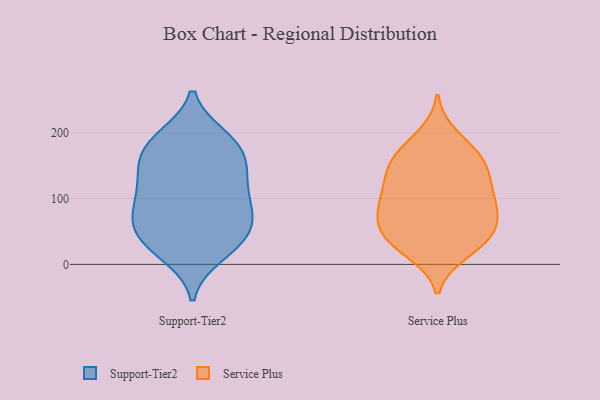
{"axis": {"x": "Headcount", "y": "Value"}, "legend": ["Service Plus", "Support-Tier2"], "data": [{"x": "", "y": 57, "type": "Support-Tier2"}, {"x": "", "y": 157, "type": "Support-Tier2"}, {"x": "", "y": 58, "type": "Support-Tier2"}, {"x": "", "y": 108, "type": "Support-Tier2"}, {"x": "", "y": 151, "type": "Support-Tier2"}, {"x": "", "y": 85, "type": "Support-Tier2"}, {"x": "", "y": 193, "type": "Support-Tier2"}, {"x": "", "y": 74, "type": "Support-Tier2"}, {"x": "", "y": 188, "type": "Support-Tier2"}, {"x": "", "y": 26, "type": "Support-Tier2"}, {"x": "", "y": 117, "type": "Support-Tier2"}, {"x": "", "y": 145, "type": "Support-Tier2"}, {"x": "", "y": 31, "type": "Support-Tier2"}, {"x": "", "y": 77, "type": "Support-Tier2"}, {"x": "", "y": 42, "type": "Support-Tier2"}, {"x": "", "y": 190, "type": "Support-Tier2"}, {"x": "", "y": 15, "type": "Support-Tier2"}, {"x": "", "y": 116, "type": "Support-Tier2"}, {"x": "", "y": 171, "type": "Support-Tier2"}, {"x": "", "y": 72, "type": "Service Plus"}, {"x": "", "y": 61, "type": "Service Plus"}, {"x": "", "y": 164, "type": "Service Plus"}, {"x": "", "y": 151, "type": "Service Plus"}, {"x": "", "y": 102, "type": "Service Plus"}, {"x": "", "y": 151, "type": "Service Plus"}, {"x": "", "y": 175, "type": "Service Plus"}, {"x": "", "y": 109, "type": "Service Plus"}, {"x": "", "y": 194, "type": "Service Plus"}, {"x": "", "y": 30, "type": "Service Plus"}, {"x": "", "y": 31, "type": "Service Plus"}, {"x": "", "y": 142, "type": "Service Plus"}, {"x": "", "y": 48, "type": "Service Plus"}, {"x": "", "y": 42, "type": "Service Plus"}, {"x": "", "y": 19, "type": "Service Plus"}, {"x": "", "y": 78, "type": "Service Plus"}, {"x": "", "y": 125, "type": "Service Plus"}, {"x": "", "y": 79, "type": "Service Plus"}, {"x": "", "y": 101, "type": "Service Plus"}]}